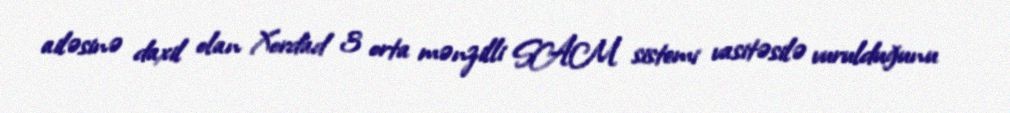
ailəsinə daxil olan Xordad 3 orta mənzilli SAM sistemi vasitəsilə vurulduğunu